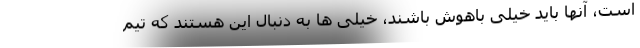
است، آنها باید خیلی باهوش باشند، خیلی ها به دنبال این هستند که تیم